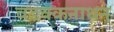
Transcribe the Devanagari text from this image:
वडक्कनाथन